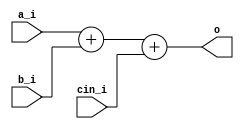
// This program was cloned from: https://github.com/NYU-MLDA/OpenABC
// License: BSD 3-Clause "New" or "Revised" License

module bsg_adder_cin_width_p33
(
  a_i,
  b_i,
  cin_i,
  o
);

  input [32:0] a_i;
  input [32:0] b_i;
  output [32:0] o;
  input cin_i;
  wire [32:0] o;
  wire N0,N1,N2,N3,N4,N5,N6,N7,N8,N9,N10,N11,N12,N13,N14,N15,N16,N17,N18,N19,N20,N21,
  N22,N23,N24,N25,N26,N27,N28,N29,N30,N31,N32;
  assign { N32, N31, N30, N29, N28, N27, N26, N25, N24, N23, N22, N21, N20, N19, N18, N17, N16, N15, N14, N13, N12, N11, N10, N9, N8, N7, N6, N5, N4, N3, N2, N1, N0 } = a_i + b_i;
  assign o = { N32, N31, N30, N29, N28, N27, N26, N25, N24, N23, N22, N21, N20, N19, N18, N17, N16, N15, N14, N13, N12, N11, N10, N9, N8, N7, N6, N5, N4, N3, N2, N1, N0 } + cin_i;

endmodule